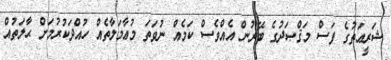
ޝަރީޢަތުގެ ފަސް މަޤްޞަދުގެ ބޭރުން އެއްވެސް ކަމެއް ނުވަތަ މުޢާމަލާތެއް ހުއްދަކުރުމަށް ޙާލަތުއް